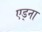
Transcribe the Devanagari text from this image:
एड्ना